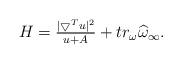
LaTeX: \begin{align*}\begin{array}[c]{c}H=\frac{|\bigtriangledown^{T}u|^{2}}{u+A}+tr_{\omega}\widehat{\omega}_{\infty}.\end{array}\end{align*}